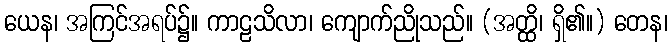
ယေန၊ အကြင်အရပ်၌။ ကာဠသိလာ၊ ကျောက်ညိုသည်။ (အတ္ထိ၊ ရှိ၏။) တေန၊